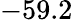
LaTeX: -59.2